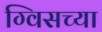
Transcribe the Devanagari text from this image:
ग्विसच्या